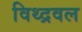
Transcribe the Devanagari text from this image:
विथ्द्रवल